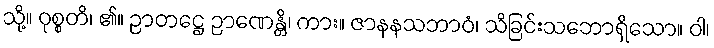
သို့။ ဝုစ္စတိ၊ ၏။ ဉာတဋ္ဌေ ဉာဏေန္တိ၊ ကား။ ဇာနနသဘာဝံ၊ သိခြင်းသဘောရှိသော။ ဝါ၊